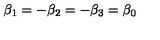
\beta _ { 1 } = - \beta _ { 2 } = - \beta _ { 3 } = \beta _ { 0 }